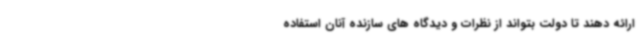
ارائه دهند تا دولت بتواند از نظرات و دیدگاه های سازنده آنان استفاده